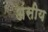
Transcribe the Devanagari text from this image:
अंसीय